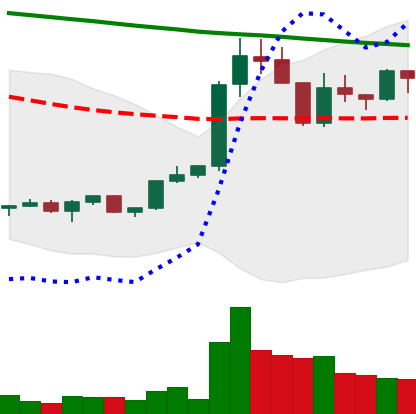
Ticker: XRP-USD
Chart end date: 2022-02-16
Forward return: -16.158%
Label: down_7plus